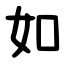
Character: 如